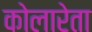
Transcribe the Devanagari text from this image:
कोलारेता